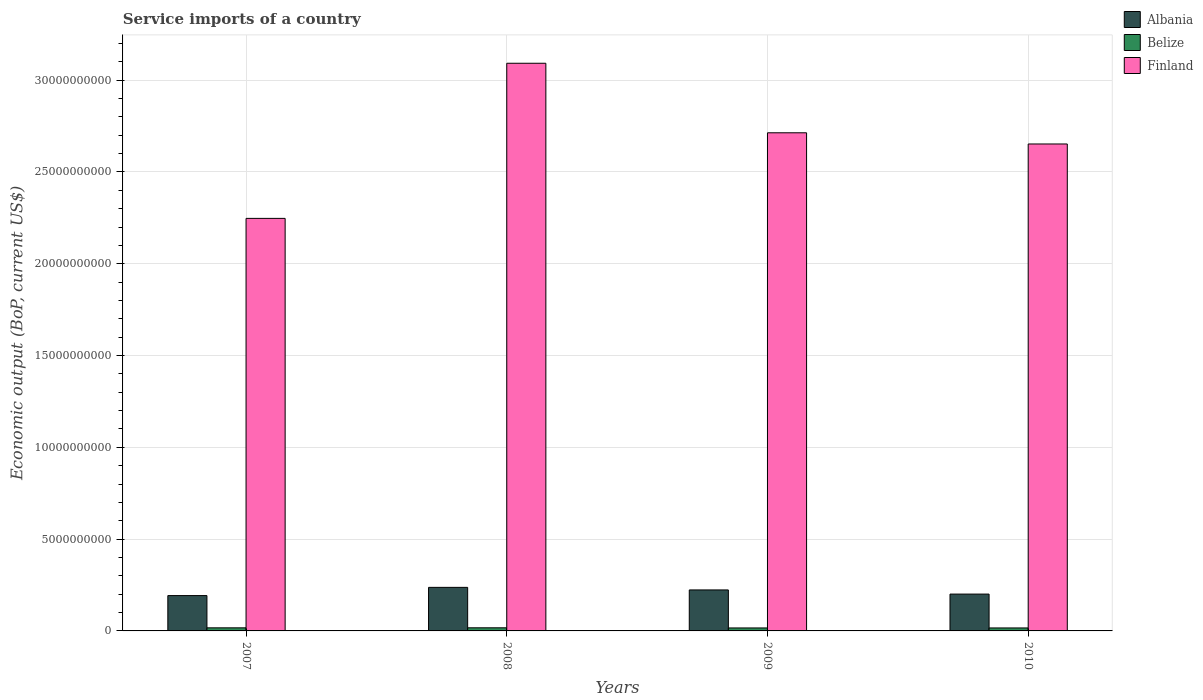
| Years | Albania | Belize | Finland |
 | --- | --- | --- | --- |
 | 2007 | 1.92e+09 | 1.68e+08 | 2.25e+10 |
 | 2008 | 2.37e+09 | 1.7e+08 | 3.09e+10 |
 | 2009 | 2.23e+09 | 1.62e+08 | 2.71e+10 |
 | 2010 | 2.01e+09 | 1.62e+08 | 2.65e+10 |